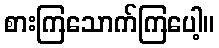
စားကြသောက်ကြပေါ့။